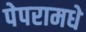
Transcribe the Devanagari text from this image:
पेपरामधे